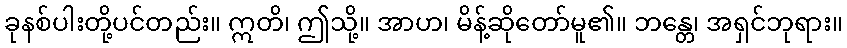
ခုနစ်ပါးတို့ပင်တည်း။ ဣတိ၊ ဤသို့။ အာဟ၊ မိန့်ဆိုတော်မူ၏။ ဘန္တေ၊ အရှင်ဘုရား။